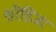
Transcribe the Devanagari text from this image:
श्रॉडिंजर